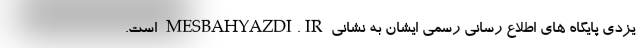
یزدی پایگاه های اطلاع رسانی رسمی ایشان به نشانی MESBAHYAZDI.IR است.